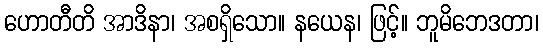
ဟောတီတိ အာဒိနာ၊ အစရှိသော။ နယေန၊ ဖြင့်။ ဘူမိဘေဒတာ၊